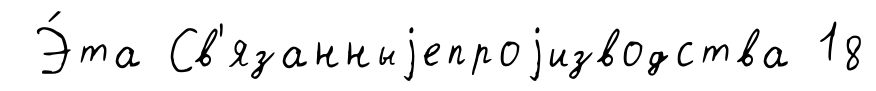
Э́та Св'язанныjепроjизводства 18